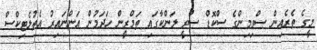
މީގެ ތެރެއިން ސްވިމިންގެ ސްކޮޑް ސްރީ ލަންކާގައި ތަމްރީން ހަދަމުން އަންނައިރު އެތުލެޓިކްސް